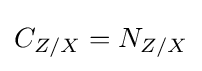
C_{Z/X}=N_{Z/X}